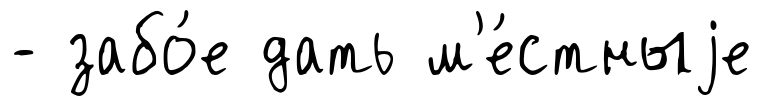
- забо́е дать м'е́стныjе